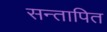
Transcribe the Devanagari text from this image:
सन्तापित